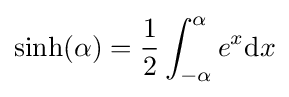
\sinh(\alpha )={\frac {1}{2}}\int _{-\alpha }^{\alpha }e^{x}\mathrm {d} x